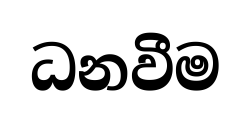
ධනවීම